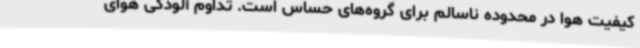
کیفیت هوا در محدوده ناسالم برای گروه‌های حساس است. تداوم آلودگی هوای